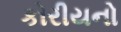
કોરીયનો